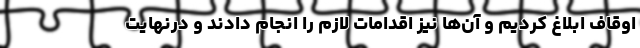
اوقاف ابلاغ کردیم و آن‌ها نیز اقدامات لازم را انجام دادند و درنهایت